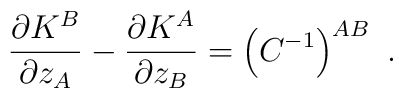
\frac{\partial K^B}{\partial z_A}-\frac{\partial K^A}{\partial z_B}=\left(C^{-1}\right)^{AB}\ .